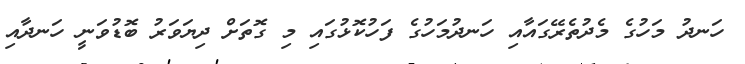
ހަނދު މަހުގެ މެދުތެރޭގައާއި ހަނދުމަހުގެ ފަހުކޮޅުގައި މި ގޮތަށް ދިޔަވަރު ބޮޑުވަނީ ހަނދާއި